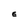
Character: E